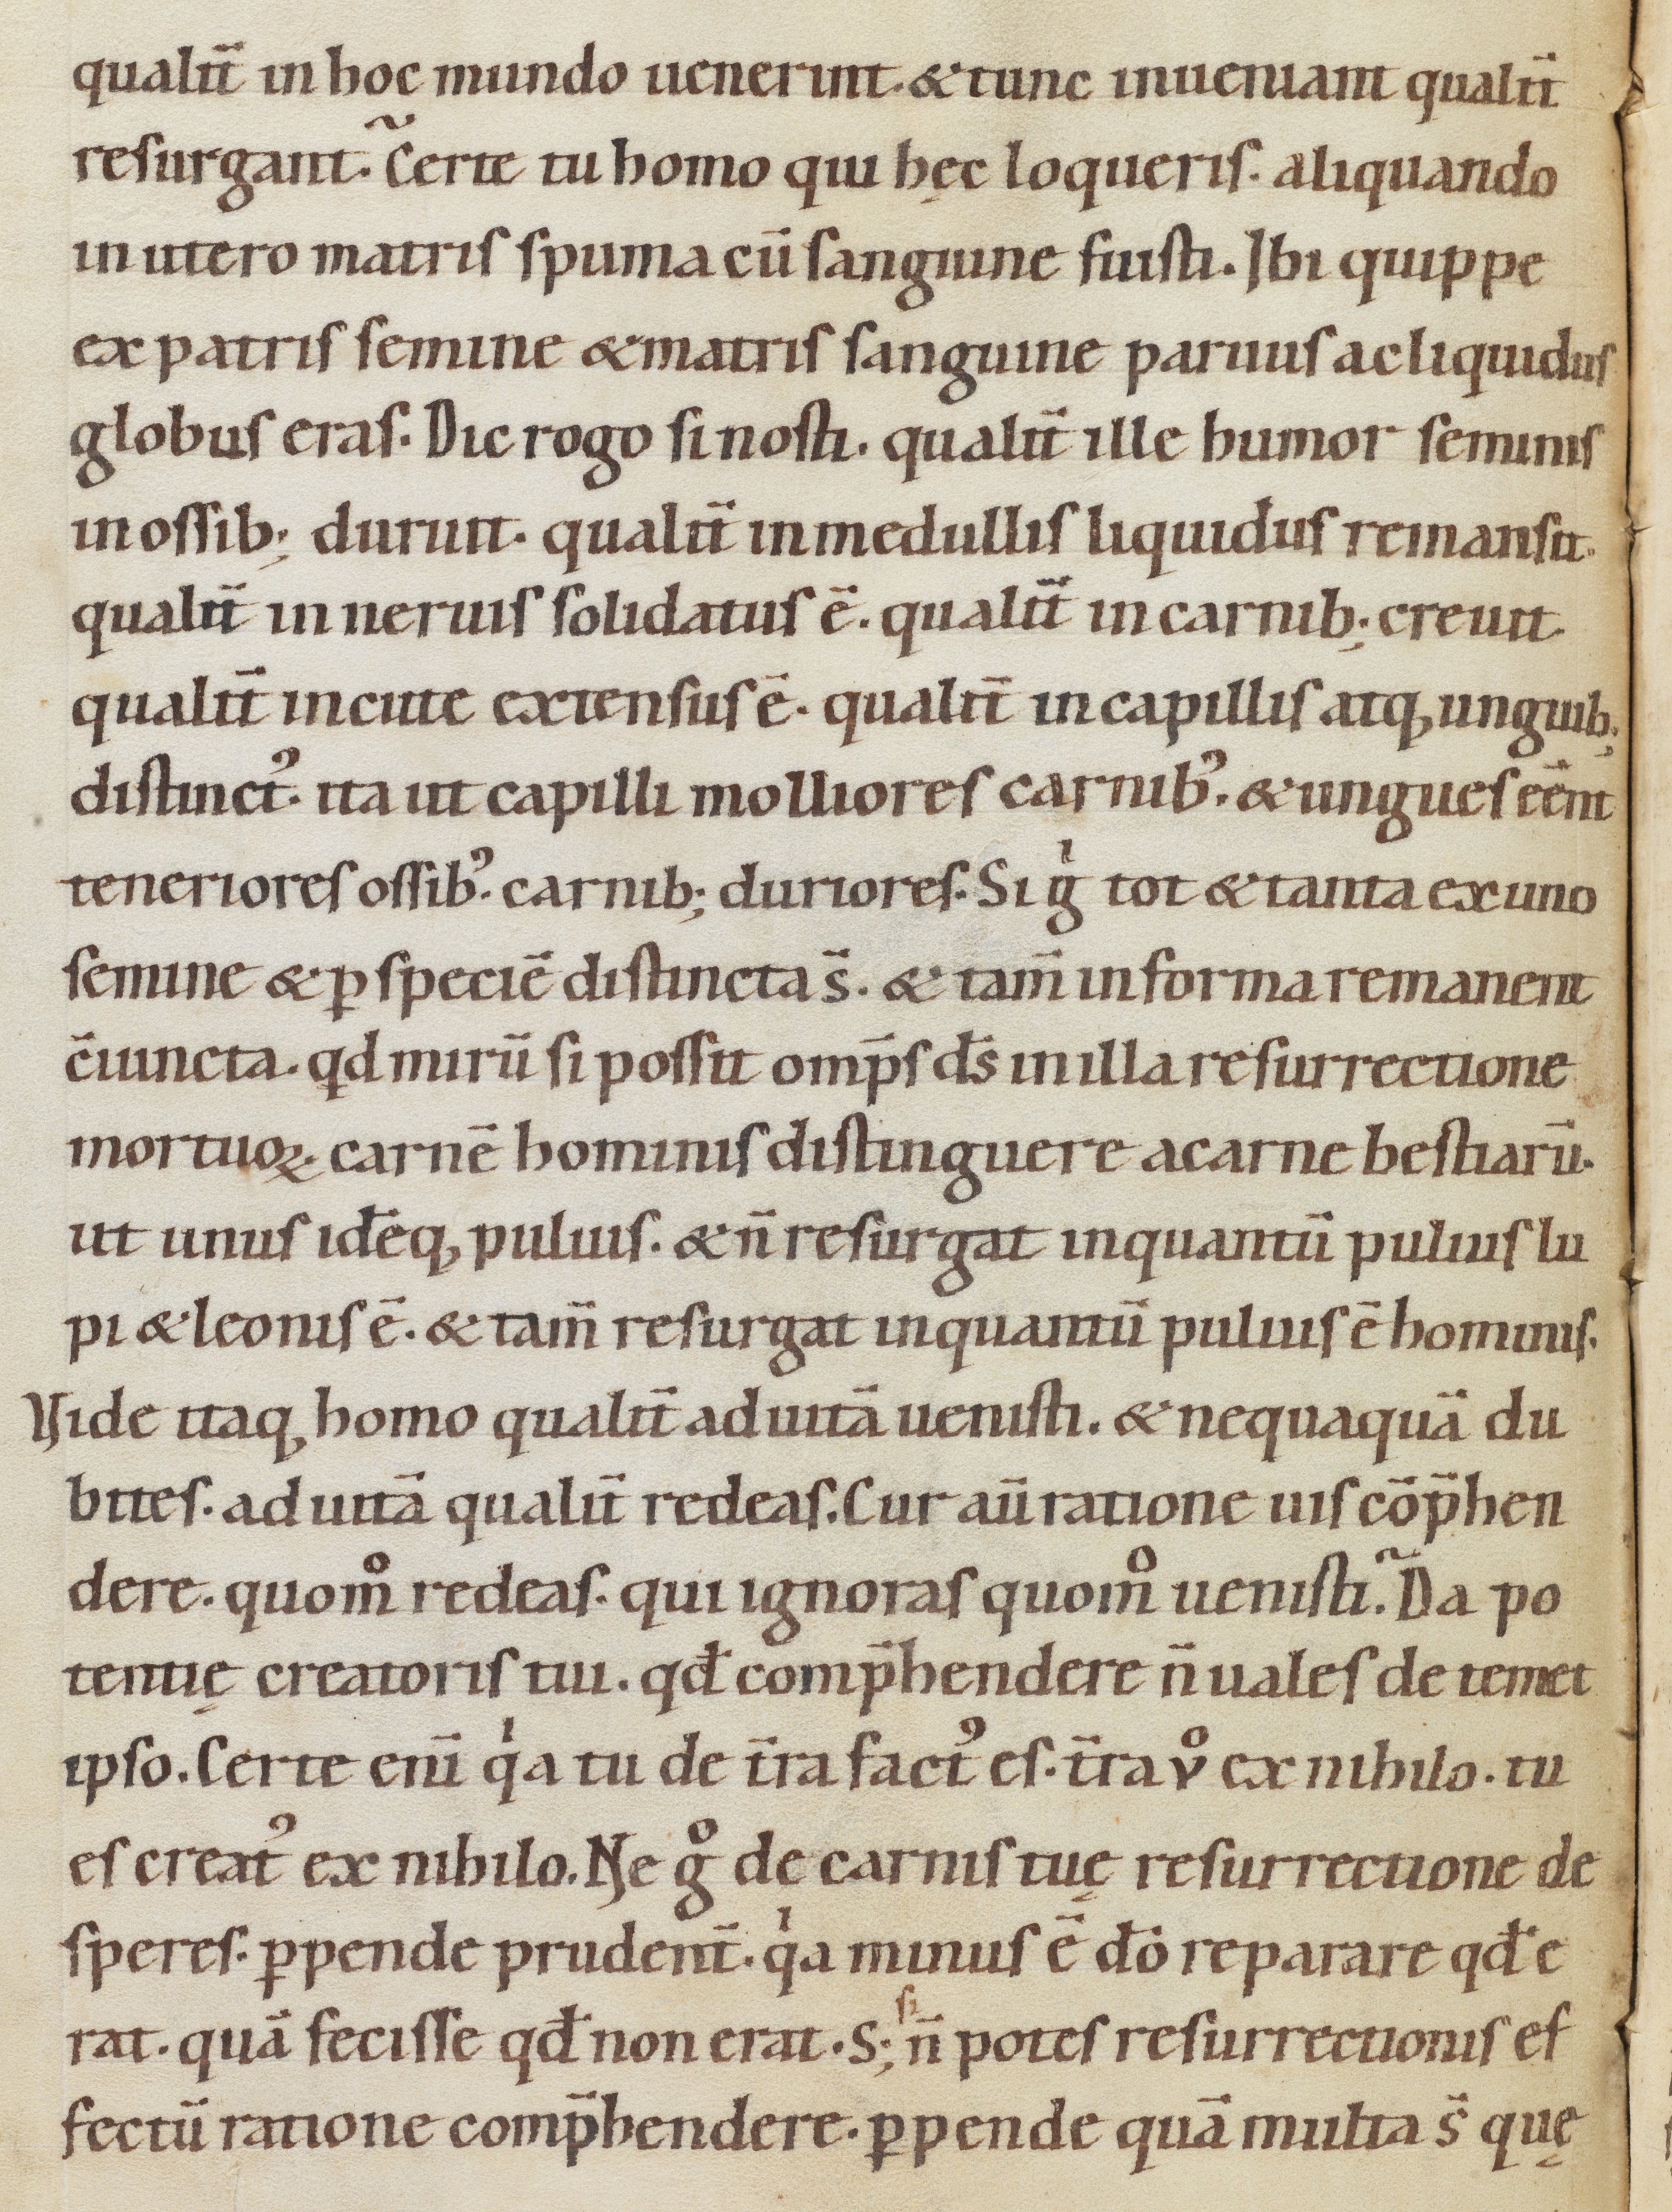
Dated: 1080–1096